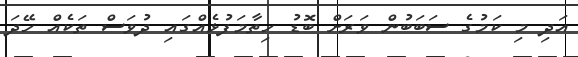
އަދި މި ކަމުގެ ސަބަބުން ވަރަށް ބޮޑު ހިތާމަފުޅެއްގައި ދުވަސް ތަކެއް ހޭދަ